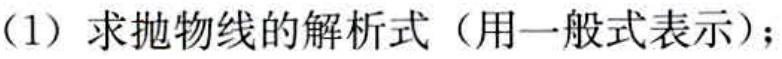
(1) 求抛物线的解析式（用一般式表示）；